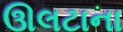
ઊલટાના